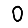
Digit: 0